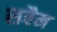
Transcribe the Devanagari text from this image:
सवैम